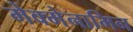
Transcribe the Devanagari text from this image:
मेक्मेनामिन